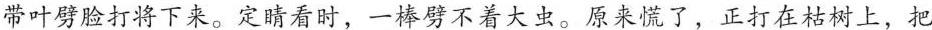
带叶劈脸打将下来。定睛看时，一棒劈不着大虫。原来慌了，正打在枯树上，把